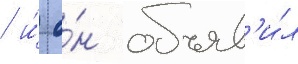
/ и́ о́н объяв'и́л